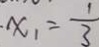
x _ { 1 } = \frac { 1 } { 3 }